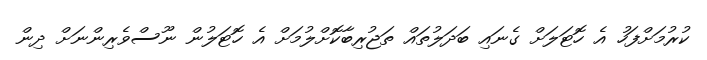
ކުރުމަށްފަހު އެ ހޮޓަލަށް ގެނައި ބަދަލުތައް ތަޖުރިބާކޮށްލުމަށް އެ ހޮޓަލުން ނޫސްވެރިންނަށް ދިން